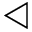
\triangleleft